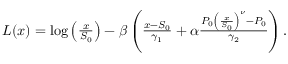
\begin{array} { r } { L ( x ) = \log \left( \frac { x } { S _ { 0 } } \right) - \beta \left( \frac { x - S _ { 0 } } { \gamma _ { 1 } } + \alpha \frac { P _ { 0 } \left( \frac { x } { S _ { 0 } } \right) ^ { \nu } - P _ { 0 } } { \gamma _ { 2 } } \right) . } \end{array}